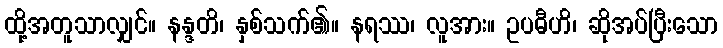
ထို့အတူသာလျှင်။ နန္ဒတိ၊ နှစ်သက်၏။ နရဿ၊ လူအား။ ဥပဓီဟိ၊ ဆိုအပ်ပြီးသော